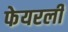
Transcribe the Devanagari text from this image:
फेयरली